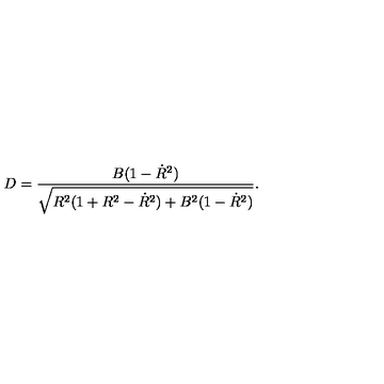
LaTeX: D = \frac { B ( 1 - \dot { R } ^ { 2 } ) } { \sqrt { R ^ { 2 } ( 1 + R ^ { 2 } - \dot { R } ^ { 2 } ) + B ^ { 2 } ( 1 - \dot { R } ^ { 2 } ) } } .